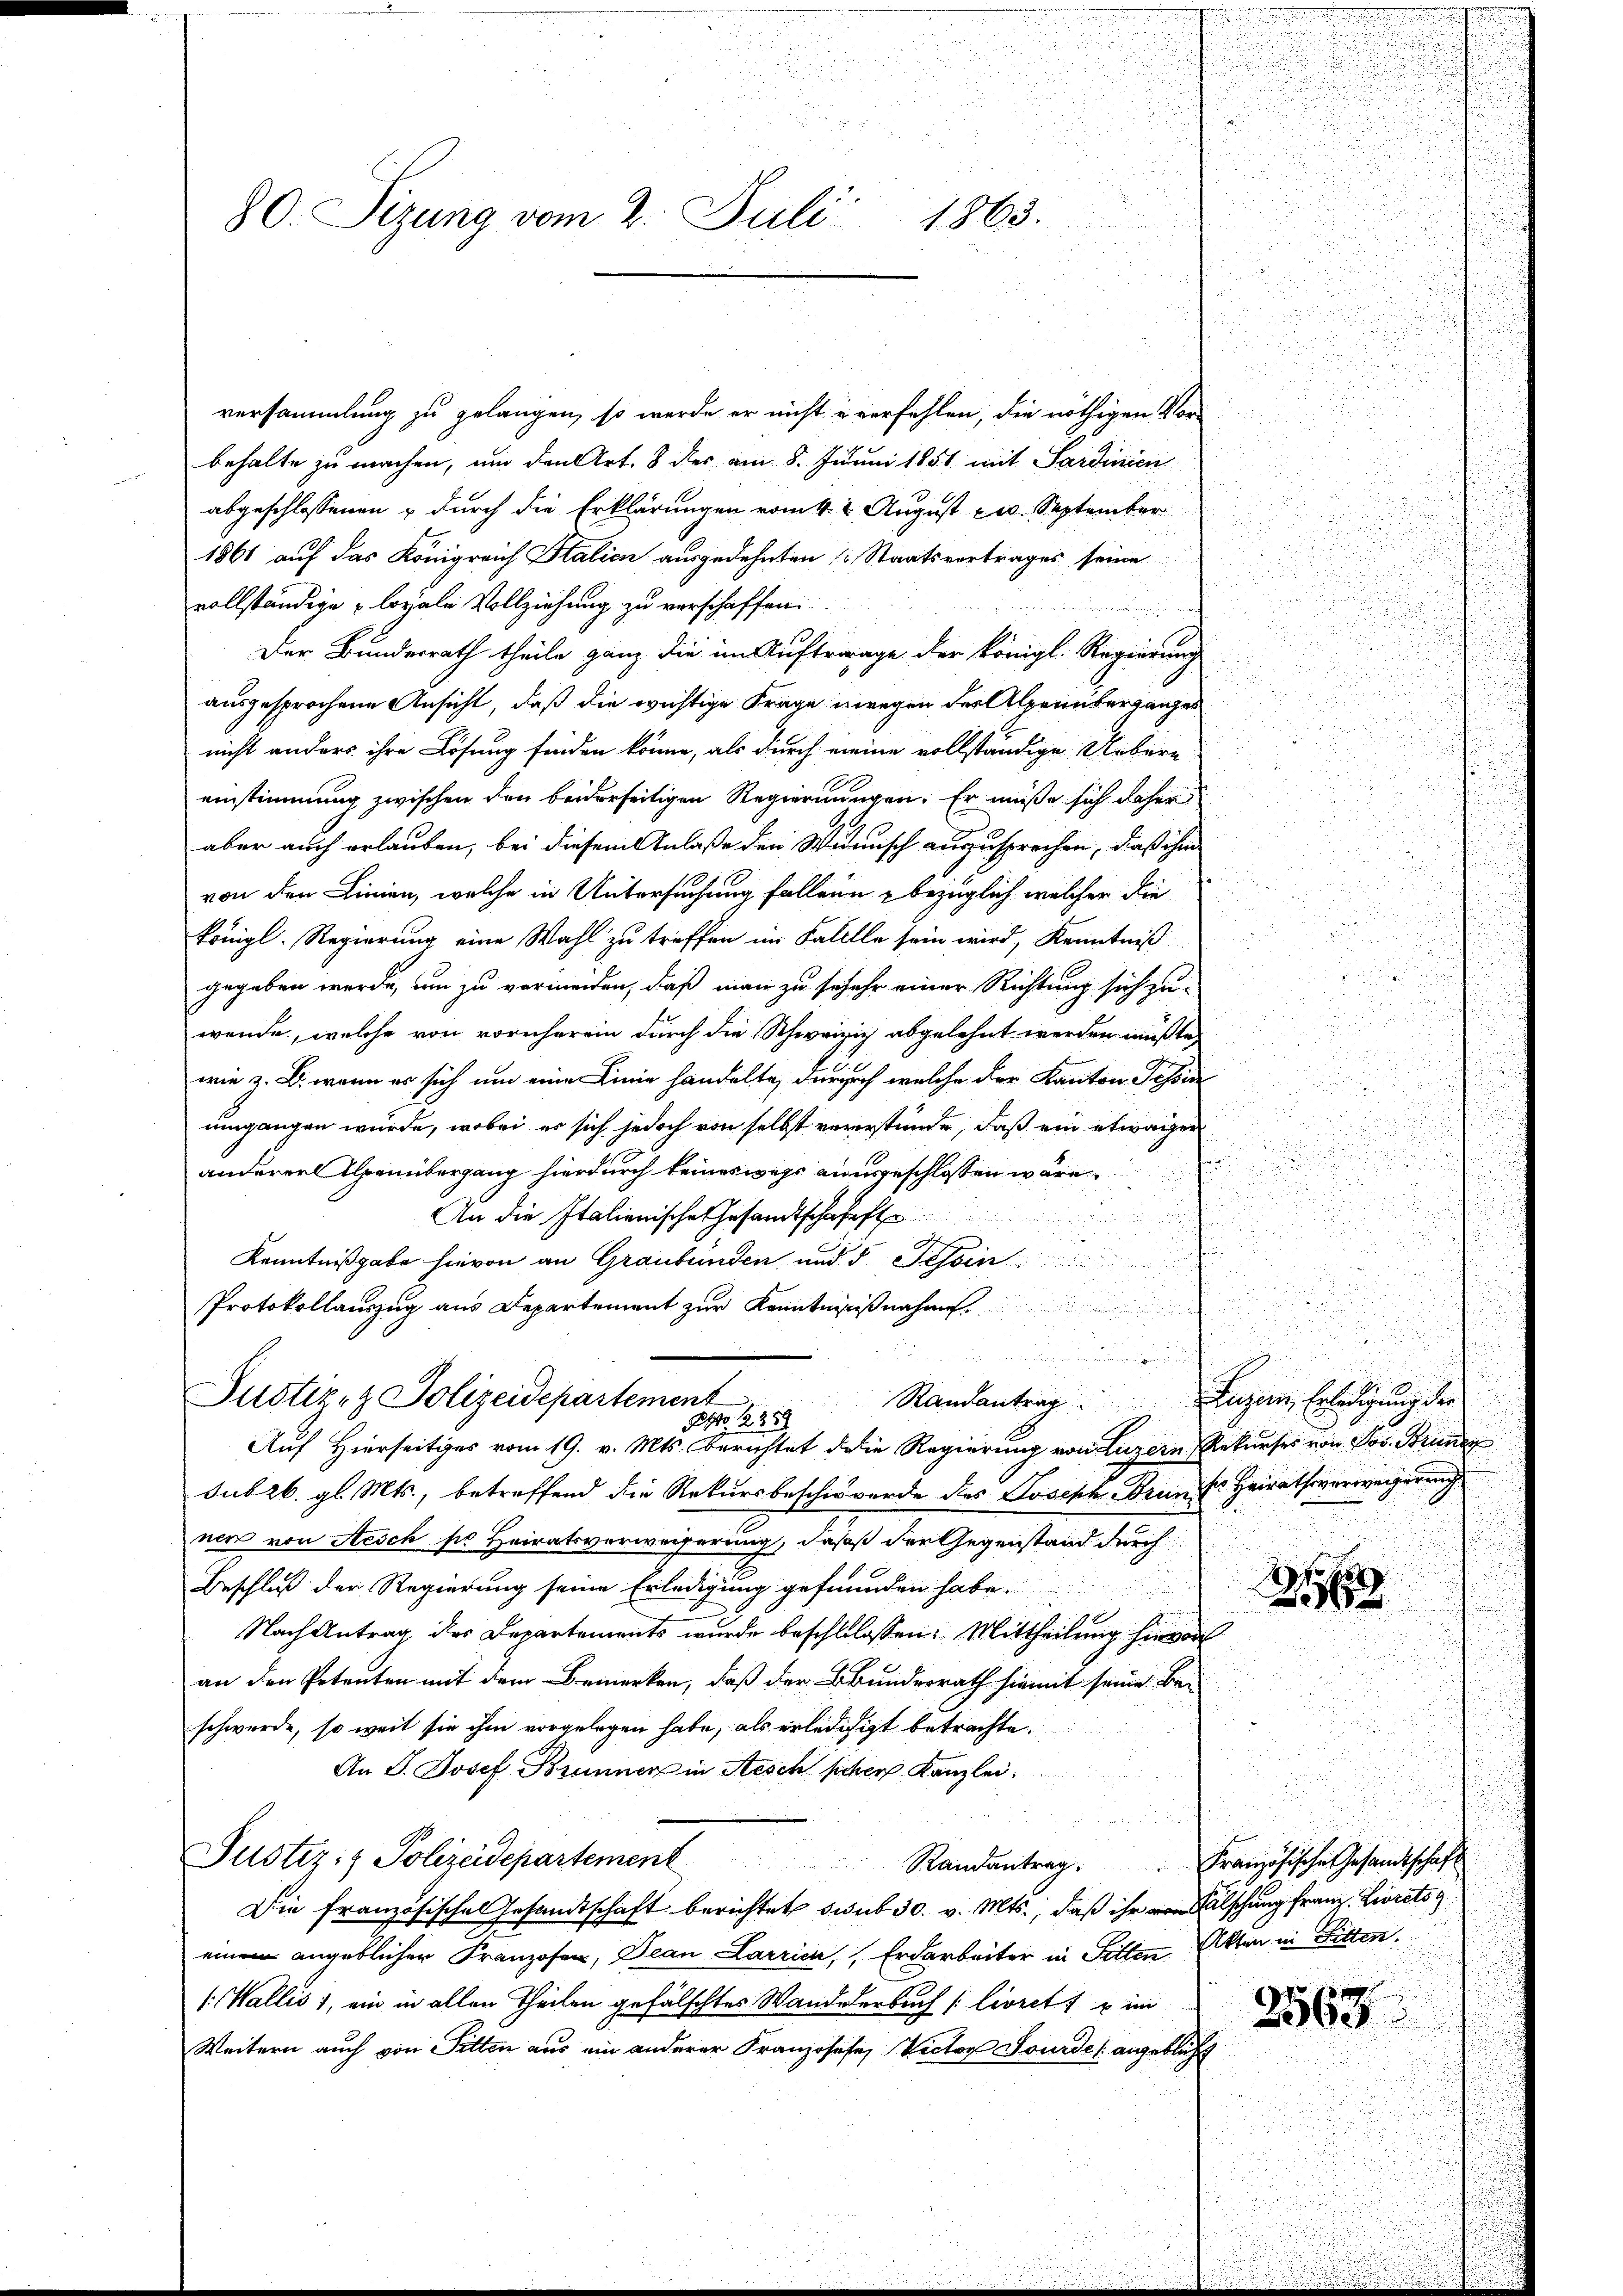
80. Sizung vom 2. Juli 1863.

versammlung zu gelangen, so werde er nicht u verfehlen, die nöthigen Vor-
behalte zu machen, um den Art. 8 der am 8. Junii 1851 mit Sardinien
abgeschlossenen & durch die Erklärungen vom 4. t August 20. September
1861 auf das Königreich Stalien ausgedehnten Staatsvertrages seine
vollständige loyale Vollziehung zu verschaffen.
Der Bundesrath theile ganz die im Auftrage der königl. Regierung
ausgesprochene Ansicht, daß die wichtige Frage ingegen des Alpenüberganges
nicht anders ihre Lösung finden könne, als durch meine vollständige Uebern
einstimmung zwischen den beiderseitigen Regierungen. Er müße sich daher
aber auch erlauben, bei diesem Anlaße den Widensch auszusprechen, daß ihm
von den Linien, welche in Untersuchung fallein bezüglich welcher die
i
königl. Regierung eine Wahl zu treffen im Falllle sein wird, Kenntniß
gegeben werde, um zu vermeiden, daß man zu sosehr einer Richtung sich zuwende, welche von vornherein durch die Schweizig abgelehnt werden müßte,
wie z. B. wenn es sich um eine Linie handelte, durch welche der Kanton Tessin
umgangen würde, wobei er sich jedoch von selbst vererstünde, daß ein etwaigen
a
e
anderer Alpenübergang hierdurch keineswegs ausgeschlossen wäre,

u
An die Italienische Gesandtschafft
u
n
Kenntnißgabe hievon an Graubünden und d Tessin
Protokollauszug aus Departement zur Kenntnißnahme.

Justiz- & Polizeidepartement
Randantrag. Luzern, Erledigung der
Pr. 235.
Auf Hierseitiges vom 19. v. Mts. Berichtet die Regierung von Luzern Rekurses von Jos. Bruneg
sub 26. gl. Mts., betreffend die Rekursbeschwerde des Joseph Drunk Heirathsverweigerung
nen von Aesch sie Heiratsverweigerung, daß der Gegenstand durch
Beschluß der Regierung seine Erledigung gefunden habe.
Nach Antrag des Departements wurde beschlossen: Mittheilung hievon
an den Petenten mit dem Bemerken, daß der Bundesrath hiemit seine Be-
schwerde, so weit sie ihm vorgelegen habe, als erledigigt betrachte.
An J. Josef Brunner in Aesch sehen Kanzlei.
Justiz- & Polizeidepartement         Randantrag. Französisches Gesandtschaft
Die Französische Gesandtschaft berichtet sub 30. v. Mts., daß ihr von Falschung franz Livrets
ein angeblicher Franzosen, Bean Larrich, Erdarbeiter in Sitten Akten in Fitten,
/: Wallis 1, ein in allen Theilen gefälschtes Wandererbuch [liorett u im
Weitern auch von Pitten aus ein anderer Franzosese, Victor Jourde angeblicht

.

.

14.

6

2568

d
c